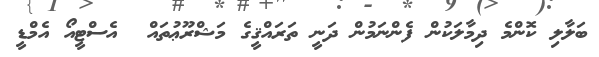
ބަލާލި ކޮންމެ ދިމާލަކުން ފެންނަމުން ދަނީ ތަރައްޤީގެ މަޝްރޫޢުތައް  އެސްޓީއޯ އެމްޑީ